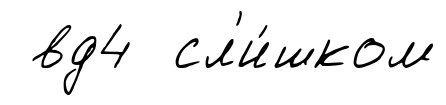
вд4 сл'и́шком